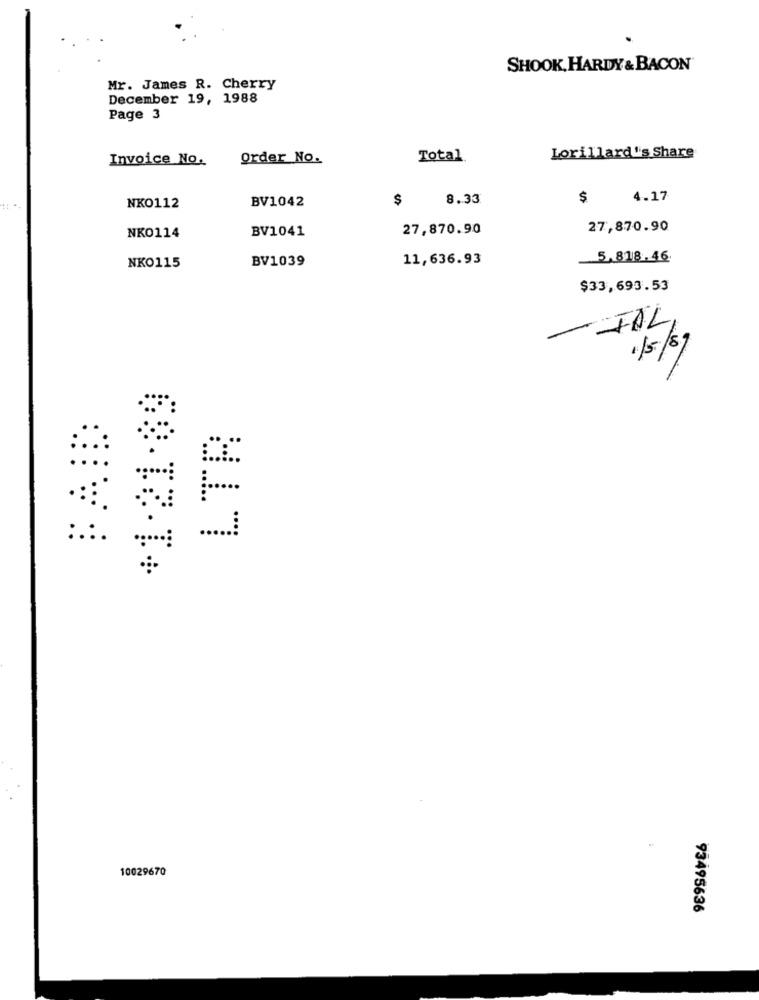
SHOOK, HARDY & BACON
Mr. James R. Cherry
December 19, 1988
Page 3
Invoice No.
Order No.
Total
Lorillard''s Share
BV1042
$
8.33
$
4.17
NKO112
BV1041
27,870.90
27,870.90
NK0114
BV1039
11,636.93
5.818.46
NKO115
$33,693.53
- IAL,
1/5/89
LTR
....
68.73-T+
10029670
93495636